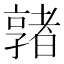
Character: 𡦡